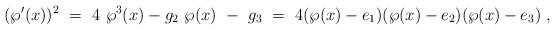
LaTeX: \begin{align*} (\wp'(x))^2\ =\ 4\ \wp^3 (x) - g_2\ \wp (x)\ -\ g_3\ = \ 4(\wp (x) -e_1)(\wp (x) -e_2)(\wp (x) -e_3)\ ,\end{align*}